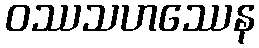
ဝဿသဟဿေန